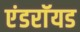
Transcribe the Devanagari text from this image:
एंडराॅयड